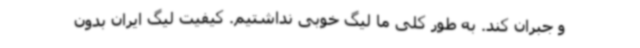
و جبران کند. به طور کلی ما لیگ خوبی نداشتیم. کیفیت لیگ ایران بدون